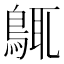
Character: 䳖